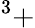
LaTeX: ^3+